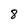
Character: 8